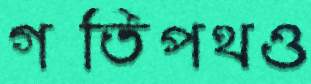
গতিপথও